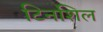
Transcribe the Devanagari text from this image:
टिनशिल